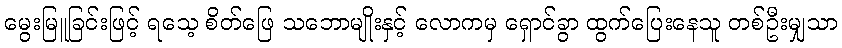
မွေးမြူခြင်းဖြင့် ရသေ့ စိတ်ဖြေ သဘောမျိုးနှင့် လောကမှ ရှောင်ခွာ ထွက်ပြေးနေသူ တစ်ဦးမျှသာ